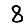
Digit: 8